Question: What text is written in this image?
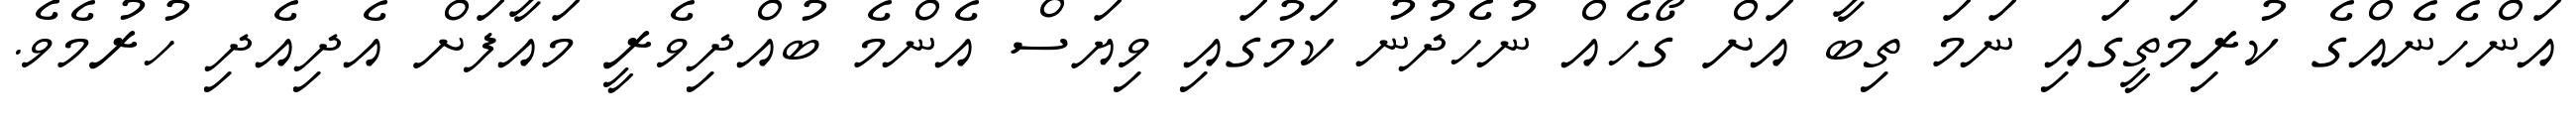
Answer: އަންހެނެއްގެ ކުރިމަތީގައި ނަމަ ތިބާ އަށް ގޯހެއް ނުހެދުނު ކަމުގައި ވިޔަސް އެންމެ ބުއްދިވެރީ މައާފަށް އެދިއެދި ހުރުމެވެ.